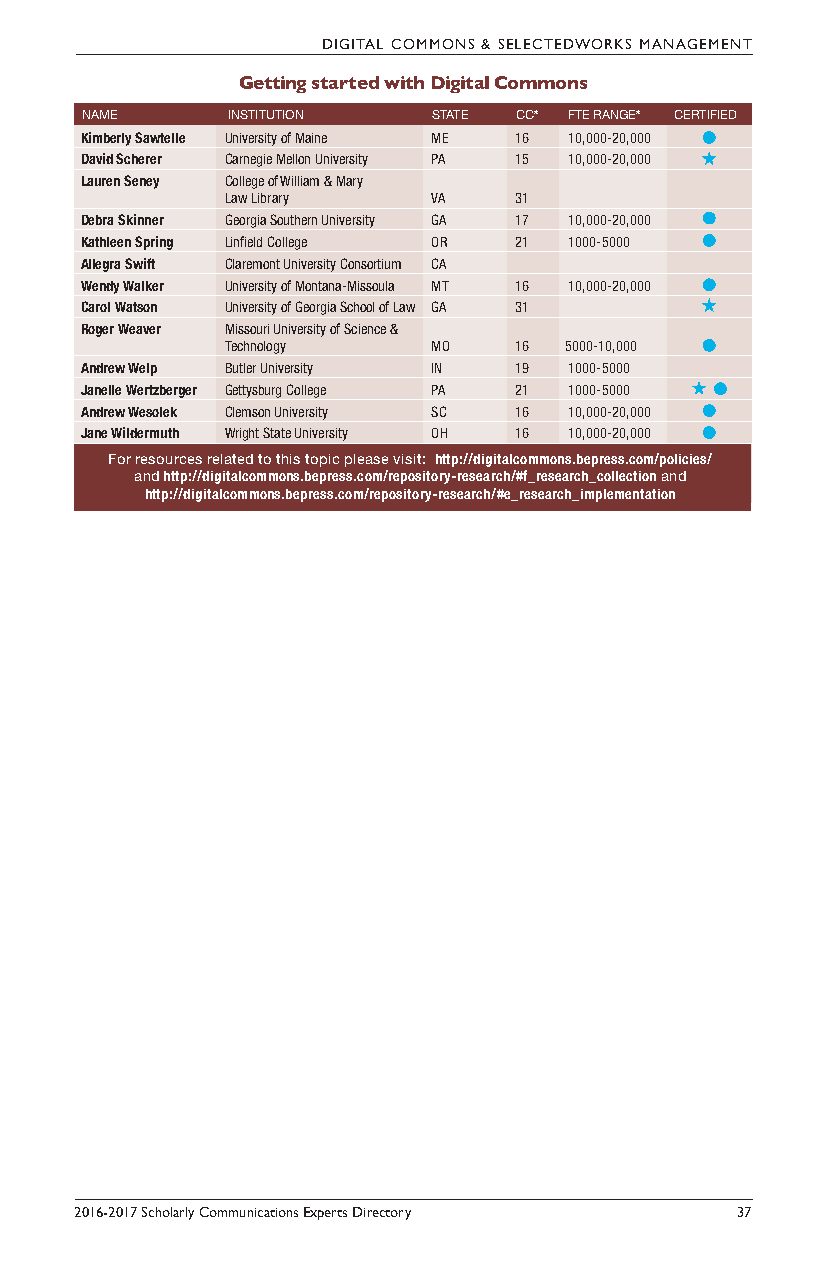
DIGITAL COMMONS & SELECTEDWORKS MANAGEMENT
 Getting started with Digital Commons
 NAME      INSTITUTION   STATE CC* FTE RANGE* CERTIFIED
 Kimberly Sawtelle University of Maine ME 16 10,000-20,000
 David Scherer Carnegie Mellon University PA 15 10,000-20,000
 Lauren Seney College of William & Mary
 Law Library   VA   31
 Debra Skinner Georgia Southern University GA 17 10,000-20,000
 Kathleen Spring Linfield College OR 21 1000-5000
 Allegra Swift Claremont University Consortium CA
 Wendy Walker University of Montana-Missoula MT 16 10,000-20,000
 Carol Watson University of Georgia School of Law GA 31
 Roger Weaver Missouri University of Science &
 Technology    MO   16 5000-10,000
 Andrew Welp Butler University IN 19 1000-5000
 Janelle Wertzberger Gettysburg College PA 21 1000-5000
 Andrew Wesolek Clemson University SC 16 10,000-20,000
 Jane Wildermuth Wright State University OH 16 10,000-20,000
 For resources related to this topic please visit: http://digitalcommons.bepress.com/policies/
 and http://digitalcommons.bepress.com/repository-research/#f_research_collection and
 http://digitalcommons.bepress.com/repository-research/#e_research_implementation
 2016-2017 Scholarly Communications Experts Directory 37